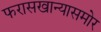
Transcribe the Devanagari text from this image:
फरासखान्यासमोर